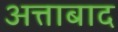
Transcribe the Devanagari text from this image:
अत्ताबाद